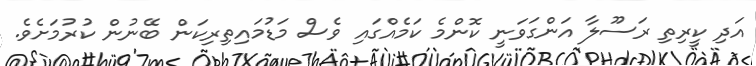
އަދި ކީރިތި ރަސޫލާ އަންގަވަނީ ކޮންމެ ކަމެއްގައި ވެސް މަޑުމައިތިރިކަން ބޭނުން ކުރުމަށެވެ.